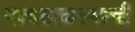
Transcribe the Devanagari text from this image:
माणसाळल्याची